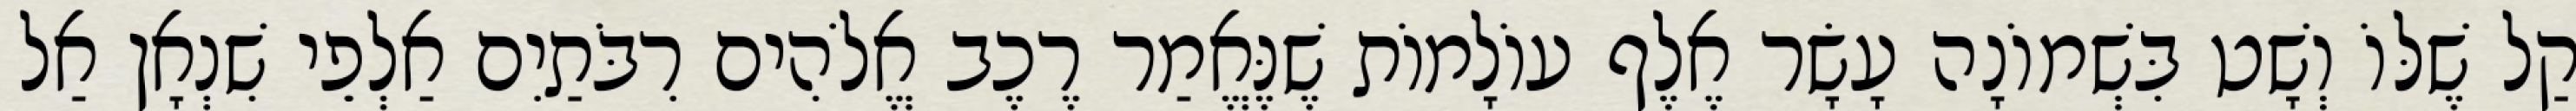
קַל שֶׁלּוֹ וְשָׁט בִּשְׁמוֹנָה עָשָׂר אֶלֶף עוֹלָמוֹת שֶׁנֶּאֱמַר רֶכֶב אֱלֹהִים רִבֹּתַיִם אַלְפֵי שִׁנְאָן אַל